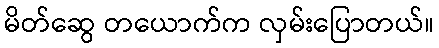
မိတ်ဆွေ တယောက်က လှမ်းပြောတယ်။